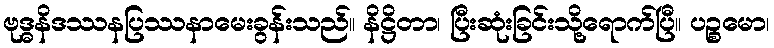
ဗုဒ္ဓနိဒဿနပြဿနာမေးခွန်းသည်။ နိဋ္ဌိတာ၊ ပြီးဆုံးခြင်းသို့ရောက်ပြီ။ ပဉ္စမော၊